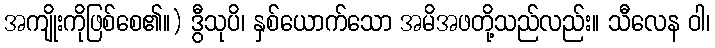
အကျိုးကိုဖြစ်စေ၏။) ဒွီသုပိ၊ နှစ်ယောက်သော အမိအဖတို့သည်လည်း။ သီလေန ဝါ၊